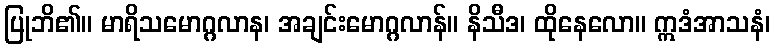
ပြုဘိ၏။ မာရိသမောဂ္ဂလာန၊ အချင်းမောဂ္ဂလာန်။ နိသီဒ၊ ထိုနေလော။ ဣဒံအာသနံ၊